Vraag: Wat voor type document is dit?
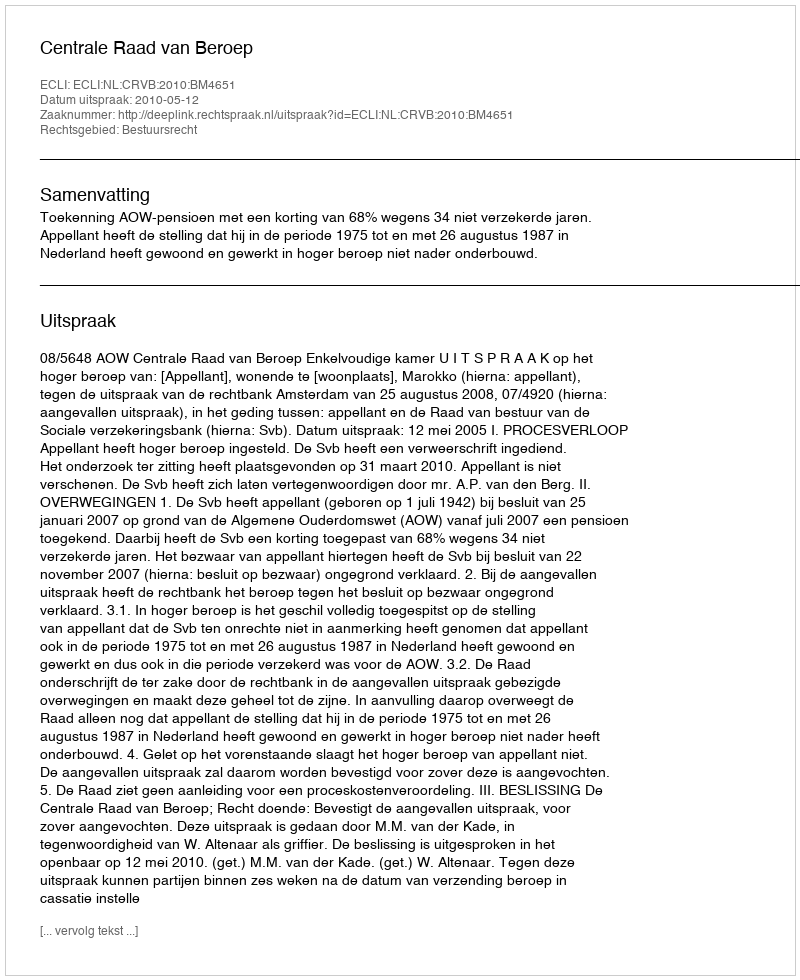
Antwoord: Uitspraak